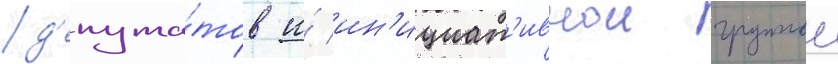
д'епута́тов и́ ин'ициат'ивнои группои